Scottish Leaving Certificate Examination, 1955
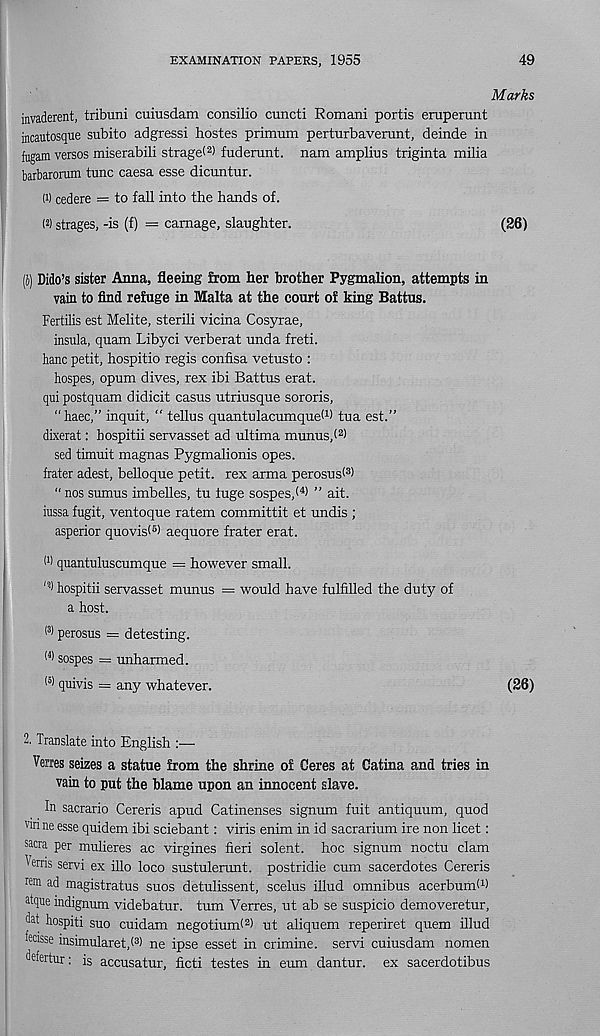
EXAMINATION PAPERS, 1955
49
Marks
invaderent, tribuni cuiusdam consilio cuncti Romani portis emperunt
incautosque subito adgressi hostes primum perturbaverunt, deinde in
fugam versos miserabili stragel 2 ) fuderunt. nam amplins triginta milia
barbarorum tunc caesa esse dicuntur.
(1) cedere = to fall into the hands of.
( 2 ) strages, -is (f) = carnage, slaughter.
(26)
(j) Dido’s sister Anna, fleeing from her brother Pygmalion, attempts in
vain to find refuge in Malta at the court of king Battus.
Fertilis est Melite, sterili vicina Cosyrae,
insula, quam Libyci verberat unda freti.
hanc petit, hospitio regis confisa vetusto :
hospes, opum dives, rex ibi Battus erat.
qui postquam didicit casus utriusque sororis,
" haec,” inquit, “ tellus quantulacumqueW tua est.”
dixerat: hospitii servasset ad ultima munus,( 2 )
sed timuit magnas Pygmalionis opes.
frater adest, belloque petit, rex arma perosus< 3 )
“ nos sumus imbelles, tu fuge sospes,< 4 > ” ait.
iussa fugit, ventoque ratem committit et undis ;
asperior quovis< 6 ) aequore frater erat.
I 1 ) quantuluscumque = however small.
hospitii servasset munus = would have fulfilled the duty of
a host.
l 3 > perosus = detesting.
( 4 > sospes = unharmed.
(5) quivis = any whatever.
(26)
2. Translate into English :—
Verres seizes a statue from the shrine of Ceres at Catina and tries in
vain to put the blame upon an innocent slave.
In sacrario Cereris apud Catinenses signum fuit antiquum, quod
vin ne esse quidem ibi sciebant: viris enim in id sacrarium ire non licet:
sacra per mulieres ac virgines fieri solent. hoc signum noctu clam
Wris servi ex illo loco sustulerunt. postridie cum sacerdotes Cereris
rem ad magistratus suos detulissent, scelus illud omnibus acerbumf 1 )
a tque indignum videbatur. turn Verres, ut ab se suspicio demoveretur,
dat hospiti suo cuidam negotiunfi 2 ) ut aliquem reperiret quern illud
fechse insimularet,! 3 ) ne ipse esset in crimine. servi cuiusdam nomen
ddertur: is accusatur, ficti testes in eum dantur. ex sacerdotibus